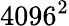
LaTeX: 4096^{2}